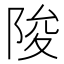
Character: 陖